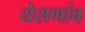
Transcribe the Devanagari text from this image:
येसगांव